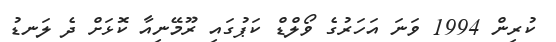
ކުރިން 1994 ވަނަ އަހަރުގެ ވޯލްޑް ކަޕުގައި ރޫމޭނިއާ ކޮޅަށް ދެ ލަނޑު